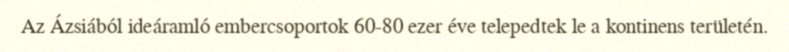
Az Ázsiából ideáramló embercsoportok 60-80 ezer éve telepedtek le a kontinens területén.